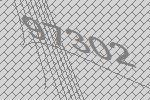
97302